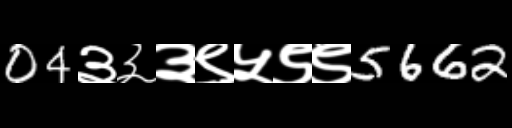
Text: 04३३३९५९९5662